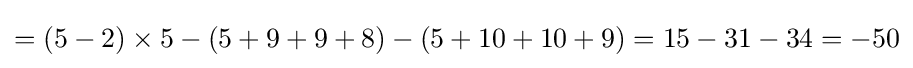
=(5-2)\times 5-(5+9+9+8)-(5+10+10+9)=15-31-34=-50